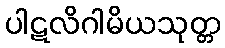
ပါဋလိဂါမိယသုတ္တ